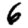
Digit: 6